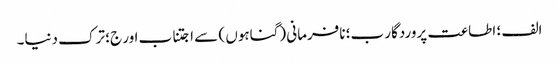
الف ؛ اطاعت پروردگار ب؛ نافرمانی (گناہوں ) سے اجتناب اور ج؛ ترک دنیا۔